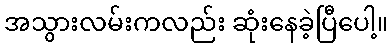
အသွားလမ်းကလည်း ဆုံးနေခဲ့ပြီပေါ့။